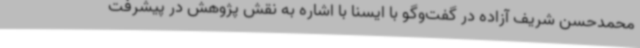
محمدحسن شریف آزاده در گفت‌وگو با ایسنا با اشاره به نقش پژوهش در پیشرفت